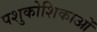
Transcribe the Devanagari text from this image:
पशुकोशिकाओं